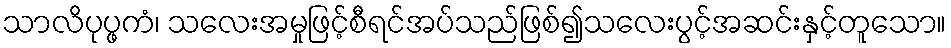
သာလိပုပ္ဖကံ၊ သလေးအမှုဖြင့်စီရင်အပ်သည်ဖြစ်၍သလေးပွင့်အဆင်းနှင့်တူသော။